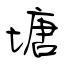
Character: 塘